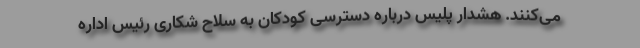
می‌کنند. هشدار پلیس درباره دسترسی کودکان به سلاح شکاری رئیس اداره